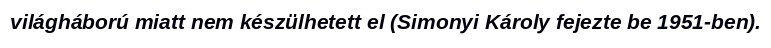
világháború miatt nem készülhetett el (Simonyi Károly fejezte be 1951-ben).